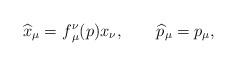
LaTeX: \begin{align*}\widehat{x}_{\mu}= f_{\,\mu}^{\nu}(p) x_{\nu},\qquad\widehat{p}_{\mu}=p_{\mu}, \end{align*}